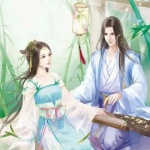
鸟无声兮山寂寂，夜正长兮风淅淅。